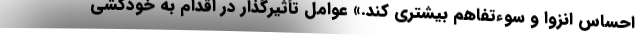
احساس انزوا و سوءتفاهم بیشتری کند.» عوامل تأثیرگذار در اقدام به خودکشی